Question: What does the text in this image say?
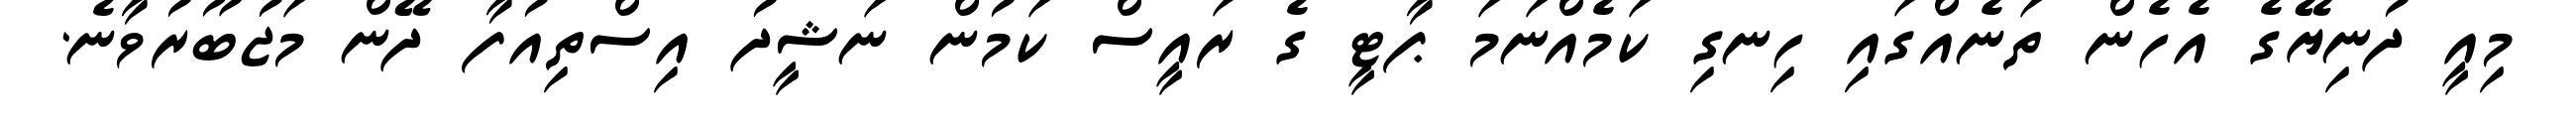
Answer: މިއީ ދުނިޔޭގެ އެހެން ތަނެއްގައި ހިނގި ކަމެއްނަމަ ޕާޓީ ގެ ރައީސް ކަމުން ނަޝީދު އިސްތިއުފާ ދޭން މަޖުބޫރުވާނެ.